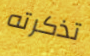
تذكرته